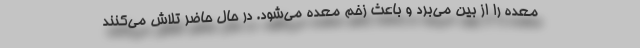
معده را از بین می‌برد و باعث زخم معده می‌شود. در حال حاضر تلاش می‌کنند